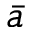
\bar { a }